Lunatic asylums Central Provinces reports 1886-1894 - 1886-1894
Year: 1886
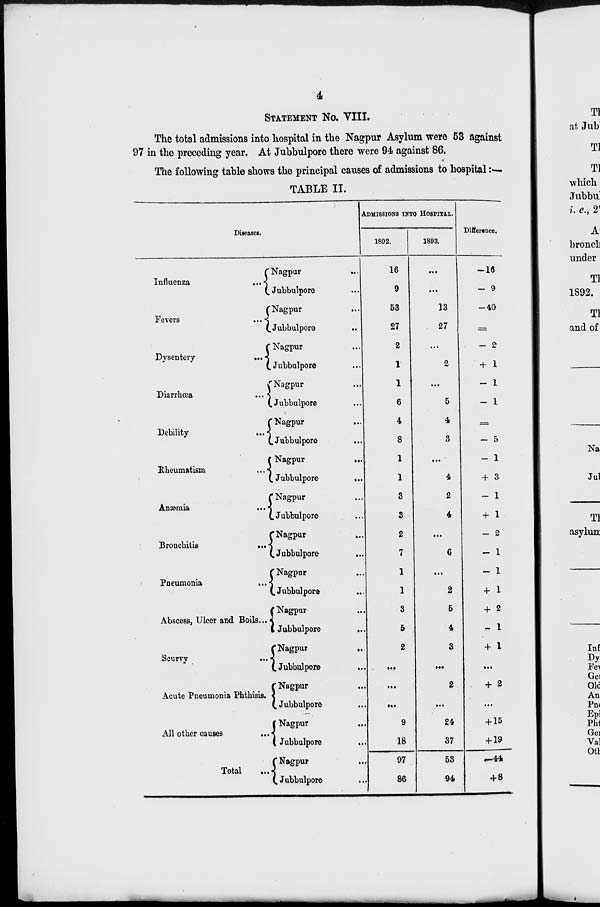
4
STATEMENT No. VIII.
The total admissions into hospital in the Nagpur Asylum were 53 against
97 in the preceding year. At Jubbulpore there were 94 against 86.
The following table shows the principal causes of admissions to hospital :—
TABLE II.
Diseases.
Influenza
...
Fevers
...
Dysentery
...
Diarrhœa
...
Debility...
Rheumatism
...
Anæmia ...
Bronchitis...
Pneumonia ...
Abscess, Ulcer and Boils...
Scurvy...
Acute Pneumonia Phthisis.
All other causes...
Total...
Nagpur...
Jubbulpore...
Nagpur...
Jubbulpore...
Nagpur...
Jubbulpore...
Nagpur...
Jubbulpore...
Nagpur
...
Jubbulpore...
Nagpur...
Jubbulpore...
Nagpur...
Jubbulpore...
Nagpur...
Jubbulpore...
Nagpur...
Jubbulpore...
Nagpur...
Jubbulpore...
Nagpur...
Jubbulpore...
Nagpur...
Jubbulpore...
Nagpur...
Jubbulpore
...
Nagpur...
Jubbulpore...
ADMISSIONS INTO HOSPITAL.
1892.
16
9
53
27
2
1
1
6
4
8
1
1
3
3
2
7
1
1
3
5
2
...
...
...
9
18
97
86
1893.
...
...
13
27
...
2
...
5
4
3
...
4
2
4
...
6
...
2
5
4
3
...
2
...
24
37
53
94
Difference.
-16
-9
-40
=
- 2
+ 1
- 1
- 1
=
- 5
- 1
+ 3
- 1
+ 1
- 2
- 1
- 1
+ 1
+ 2
- 1
+ 1
...
+ 2
...
+ 15
+ 19
-44
+ 8